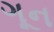
ગૂન